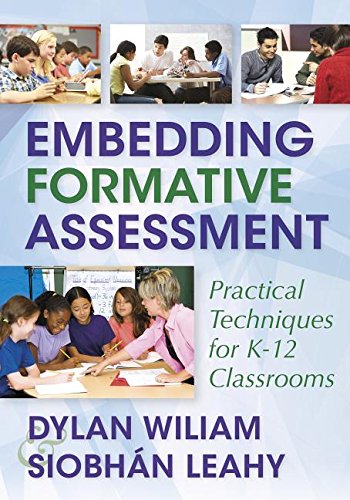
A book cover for Embedding Formative Assessment: Practical Techniques for K-12 Classrooms; Dylan Wiliam; Education & Teaching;